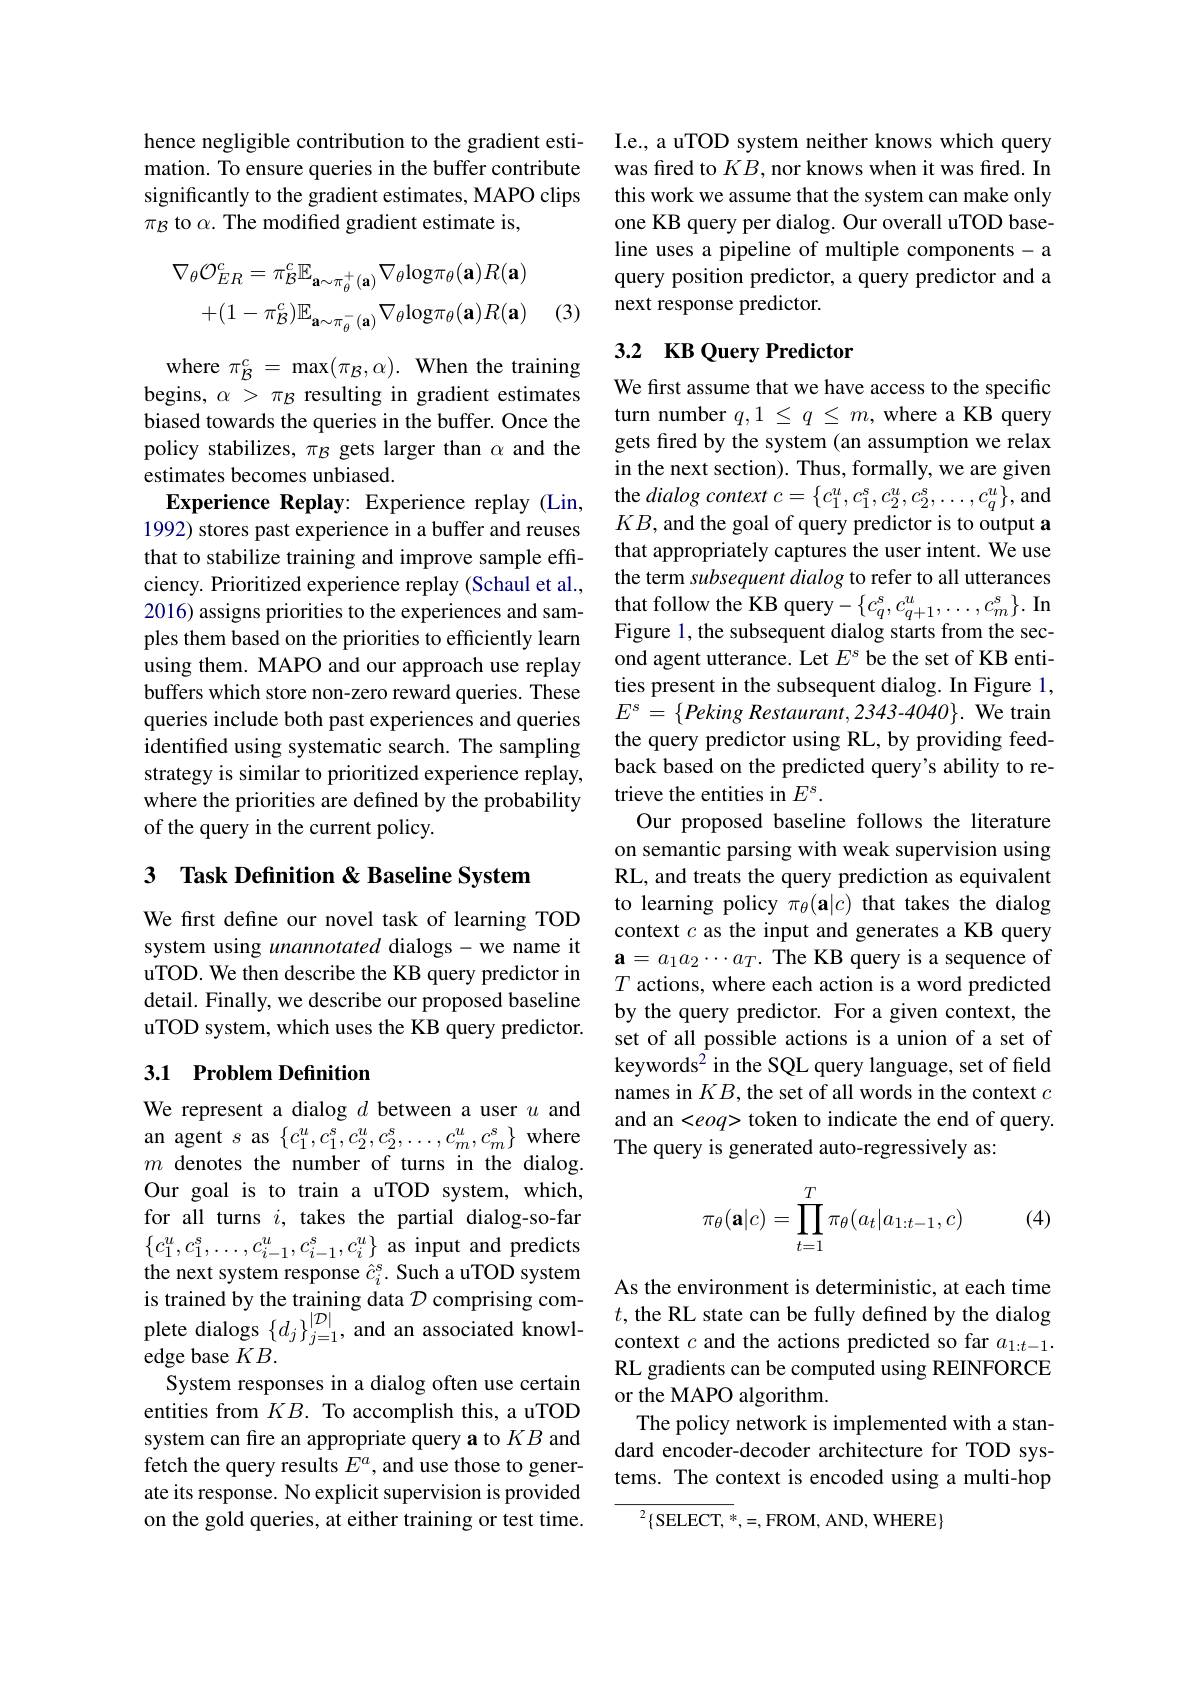
hence negligible contribution to the gradient estimation. To ensure queries in the buffer contribute significantly to the gradient estimates, MAPO clips $\pi_{\mathcal{B}}$ to $\alpha.$ The modified gradient estimate is,
$$\nabla_{\theta}\mathcal{O}_{ER}^{c}=\pi_{\mathcal{B}}^{c}\mathbb{E}_{\mathbf{a}\sim\pi_{\theta}^{+}(\mathbf{a})}\nabla_{\theta}\mathrm{log}\pi_{\theta}(\mathbf{a})R(\mathbf{a})\\+(1-\pi_{\mathcal{B}}^{c})\mathbb{E}_{\mathbf{a}\sim\pi_{\theta}^{-}(\mathbf{a})}\nabla_{\theta}\mathrm{log}\pi_{\theta}(\mathbf{a})R(\mathbf{a})$$
(3)

where $\pi_{\mathcal{B}}^{c}=\max(\pi_{\mathcal{B}},\alpha).$ When the training begins, $\alpha>\pi_{\mathcal{B}}$ resulting in gradient estimates biased towards the queries in the buffer. Once the policy stabilizes, $\pi_{\mathcal{B}}$ gets larger than $\alpha$ and the estimates becomes unbiased.
Experience Replay: Experience replay (Lin, 1992) stores past experience in a buffer and reuses that to stabilize training and improve sample effciency. Prioritized experience replay (Schaul et al., 2016) assigns priorities to the experiences and samples them based on the priorities to efficiently learn using them. MAPO and our approach use replay buffers which store non-zero reward queries. These queries include both past experiences and queries identified using systematic search. The sampling strategy is similar to prioritized experience replay, where the priorities are defined by the probability of the query in the current policy.

# 3 Task Definition & Baseline System

We first define our novel task of learning TOD system using unannotated dialogs-we name it uTOD. We then describe the KB query predictor in detail. Finally, we describe our proposed baseline uTOD system, which uses the KB query predictor.

## 3.1 Problem Definition

We represent a dialog $d$ between a user $u$ and an agent $s$ as $\{c_1^u,c_1^s,c_2^u,c_2^s,\ldots,c_m^u,c_m^s\}$ where $m$ denotes the number of turns in the dialog. Our goal is to train a uTOD system, which, for all turns $i$, takes the partial dialog-so-far $\{c_{1}^{u},c_{1}^{s},\ldots,c_{i-1}^{u},c_{i-1}^{s},c_{i}^{u}\}$ as input and predicts the next system response $\hat{c}_i^\mathrm{s}$. Such a uTOD system is trained by the training data $\mathcal{D}$ comprising complete dialogs $\{d_{j}\}_{j=1}^{|\mathcal{D}|}$, and an associated knowledge base $KB.$
System responses in a dialog often use certain entities from $KB.$ To accomplish this, a uTOD system can fre an appropriate query a to $KB$ and fetch the query results $E^a$, and use those to generate its response. No explicit supervision is provided on the gold queries, at either training or test time.

I.e., a uTOD system neither knows which query was fired to $KB$, nor knows when it was fired. In this work we assume that the system can make only one KB query per dialog. Our overall uTOD baseline uses a pipeline of multiple components - a query position predictor, a query predictor and a next response predictor.

## 3.2 KB Query Predictor

We first assume that we have access to the specific turn number $q,1\leq q\leq m$, where a KB query gets fired by the system (an assumption we relax in the next section). Thus, formally, we are given the dialog context $c=\{c_1^u,c_1^s,c_2^u,c_2^s,\ldots,c_q^u\}$,and $KB$, and the goal of query predictor is to output a that appropriately captures the user intent. We use the term subsequent dialog to refer to all utterances that follow the KB query$-\{c_q^s,c_{q+1}^u,\ldots,c_m^s\}.$In Figure 1, the subsequent dialog starts from the second agent utterance. Let $E^s$ be the set of KB entities present in the subsequent dialog. In Figure 1, $E^{s}=\{PekingRestaurant,2343-4040\}.$ We train the query predictor using RL, by providing feedback based on the predicted query's ability to retrieve the entities in $E^{s}.$
Our proposed baseline follows the literature on semantic parsing with weak supervision using RL, and treats the query prediction as equivalent to learning policy $\pi_\theta(\mathbf{a}|c)$ that takes the dialog context $c$ as the input and generates a KB query $\mathbf{a}=a_1a_2\cdots a_T.$ The KB query is a sequence of $T$ actions, where each action is a word predicted by the query predictor. For a given context, the set of all possible actions is a union of a set of keywords$^{2}$in the SQL query language, set of field names in $KB$, the set of all words in the context $c$ and an <eoq> token to indicate the end of query. The query is generated auto-regressively as:
$$\pi_\theta(\mathbf{a}|c)=\prod\limits_{t=1}^T\pi_\theta(a_t|a_{1:t-1},c)$$
(4)

As the environment is deterministic, at each time $t$, the RL state can be fully defined by the dialog context $c$ and the actions predicted so far $a_1:t-1.$ RL gradients can be computed using REINFORCE or the MAPO algorithm.
The policy network is implemented with a standard encoder-decoder architecture for TOD systems. The context is encoded using a multi-hop

$^{2}\{$SELECT$,^*,=$,FROM,AND,WHERE$\}$